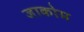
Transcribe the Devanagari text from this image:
जाकोम